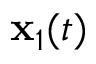
{ \bf x } _ { 1 } ( t )